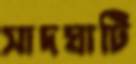
সাদঘাটি